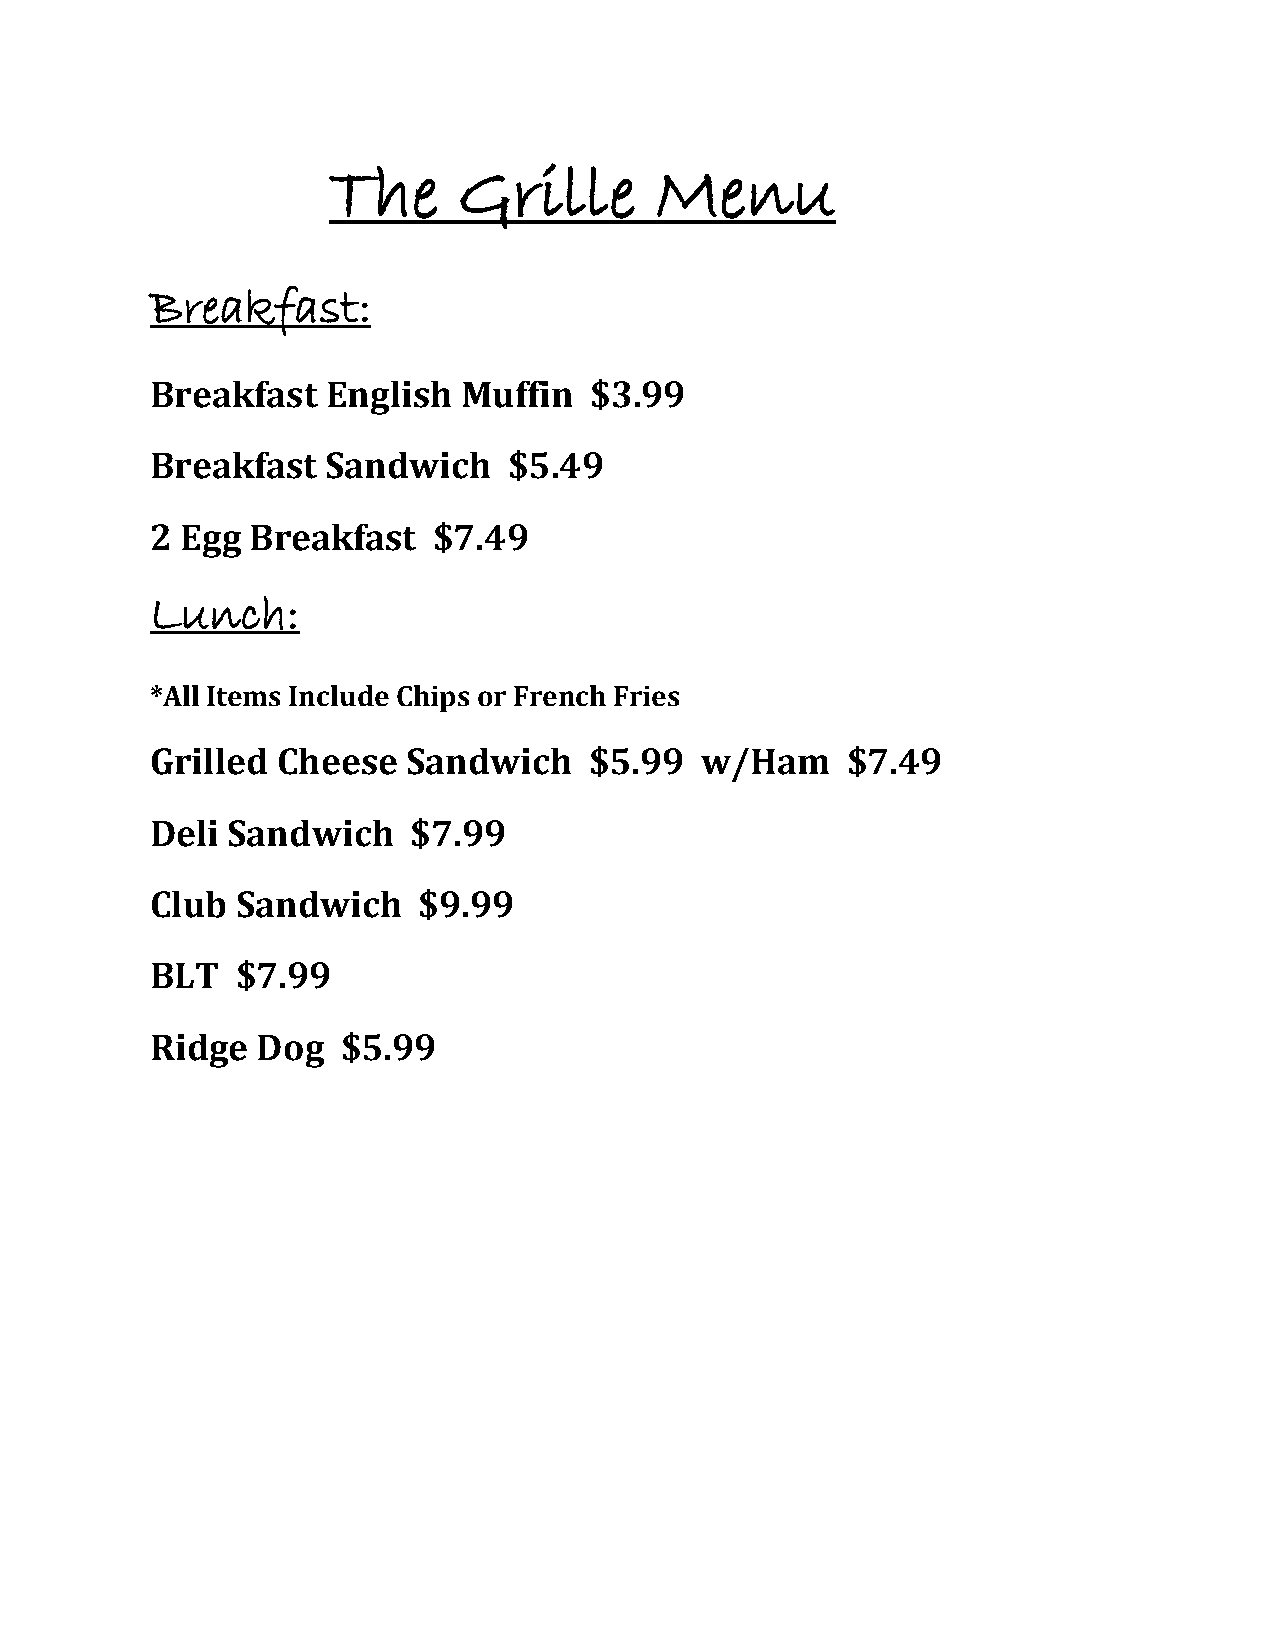
The     Grille       Menu
 Breakfast:
 Breakfast   English Muffin   $3.99
 Breakfast   Sandwich    $5.49
 2 Egg  Breakfast   $7.49
 Lunch:
 *All Items Include Chips or French Fries
 Grilled Cheese   Sandwich    $5.99  w/Ham     $7.49
 Deli Sandwich    $7.99
 Club  Sandwich    $9.99
 BLT   $7.99
 Ridge  Dog   $5.99